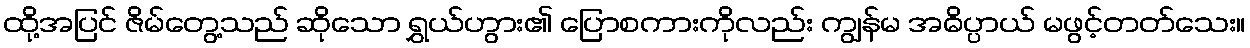
ထို့အပြင် ဇိမ်တွေ့သည် ဆိုသော ရွှယ်ဟွား၏ ပြောစကားကိုလည်း ကျွန်မ အဓိပ္ပာယ် မဖွင့်တတ်သေး။